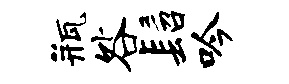
瓶咎髫吟